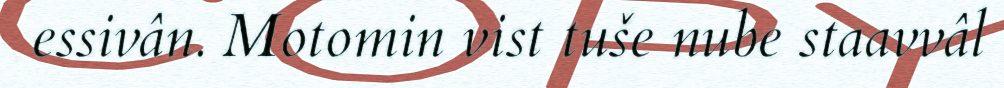
essivân. Motomin vist tuše nube staavvâl